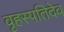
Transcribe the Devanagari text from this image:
वृहस्पतिदेव